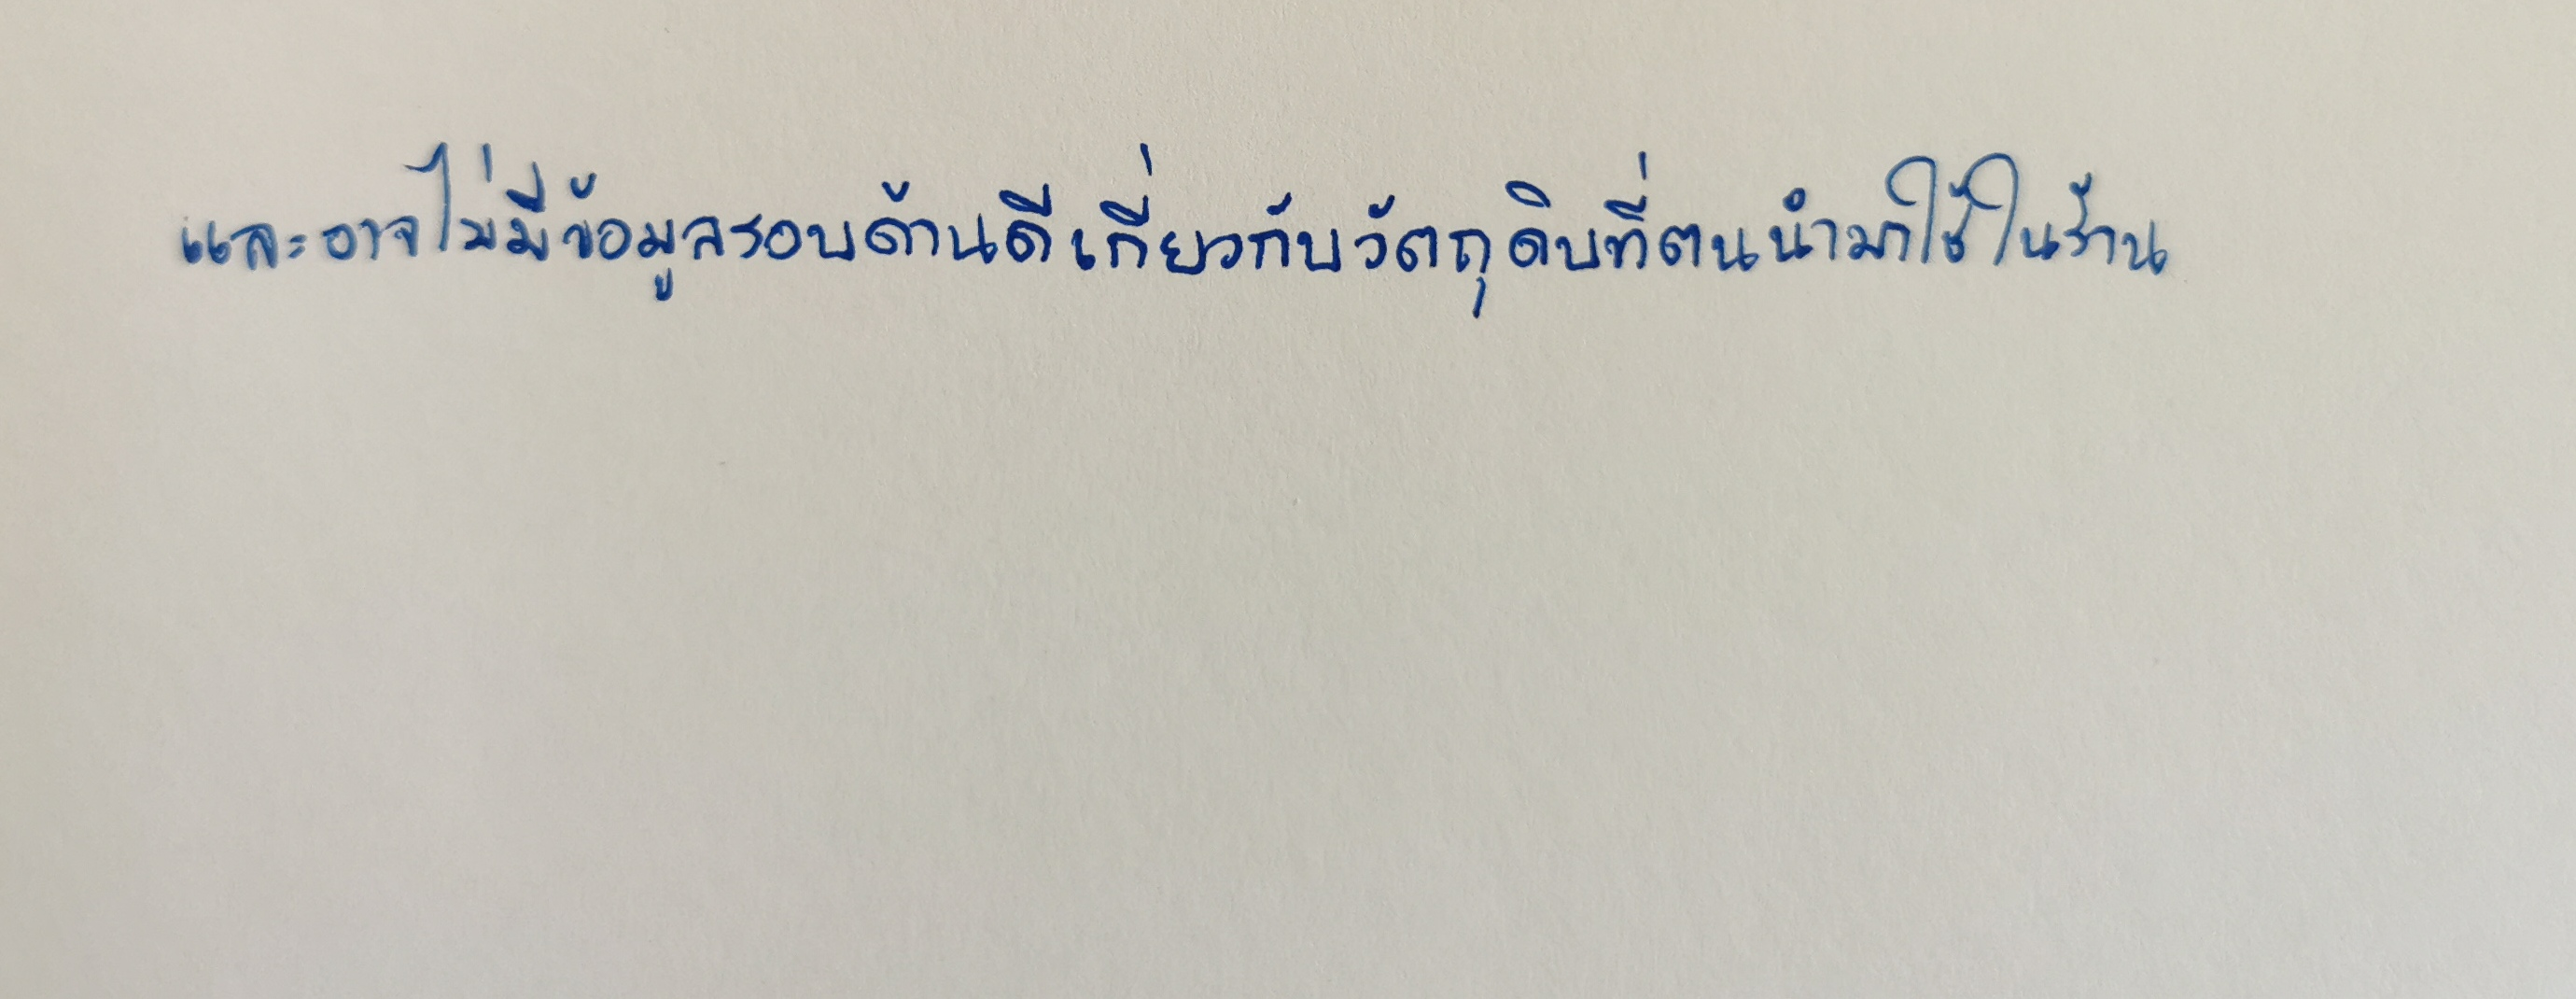
และอาจไม่มีข้อมูลรอบด้านดีเกี่ยวกับวัตถุดิบที่ตนนำมาใช้ในร้าน